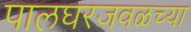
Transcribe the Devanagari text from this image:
पालघरजवळच्या